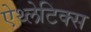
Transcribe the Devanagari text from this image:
ऐथ्लेटिक्स